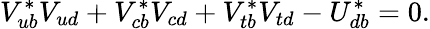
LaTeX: V_{ub}^{*}V_{ud}+V_{cb}^{*}V_{cd}+V_{tb}^{*}V_{td}-U_{db}^{*}=0.